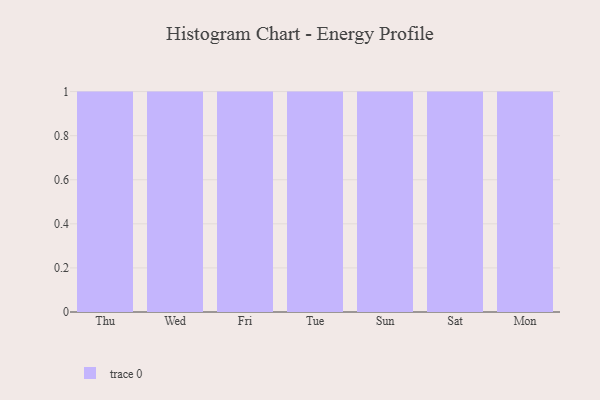
{"axis": {"x": "Day", "y": "Net Income (USD K)"}, "legend": [""], "data": [{"x": "Thu", "y": 11, "type": ""}, {"x": "Wed", "y": 44, "type": ""}, {"x": "Fri", "y": 78, "type": ""}, {"x": "Tue", "y": 32, "type": ""}, {"x": "Sun", "y": 33, "type": ""}, {"x": "Sat", "y": 61, "type": ""}, {"x": "Mon", "y": 74, "type": ""}]}